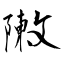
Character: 敶